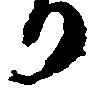
り